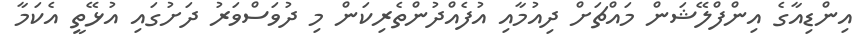
އިންޑިއާގެ އިންފްލޭޝަން މައްޗަށް ދިއުމާއި އުފެއްދުންތެރިކަން މި ދުވަސްވަރު ދަށުގައި އުޅޭތީ އެކަމާ